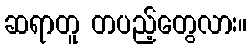
ဆရာတူ တပည့်တွေလား။